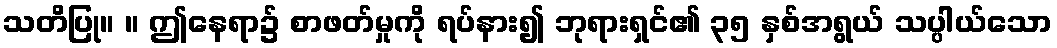
သတိပြု။ ။ ဤနေရာ၌ စာဖတ်မှုကို ရပ်နား၍ ဘုရားရှင်၏ ၃၅ နှစ်အရွယ် သပ္ပါယ်သော